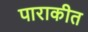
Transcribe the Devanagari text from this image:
पाराकीत